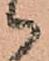
候